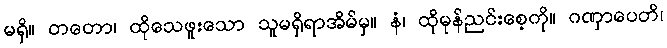
မရှိ။ တတော၊ ထိုသေဖူးသော သူမရှိရာအိမ်မှ။ နံ၊ ထိုမုန်ညင်းစေ့ကို။ ဂဏှာပေတိ၊